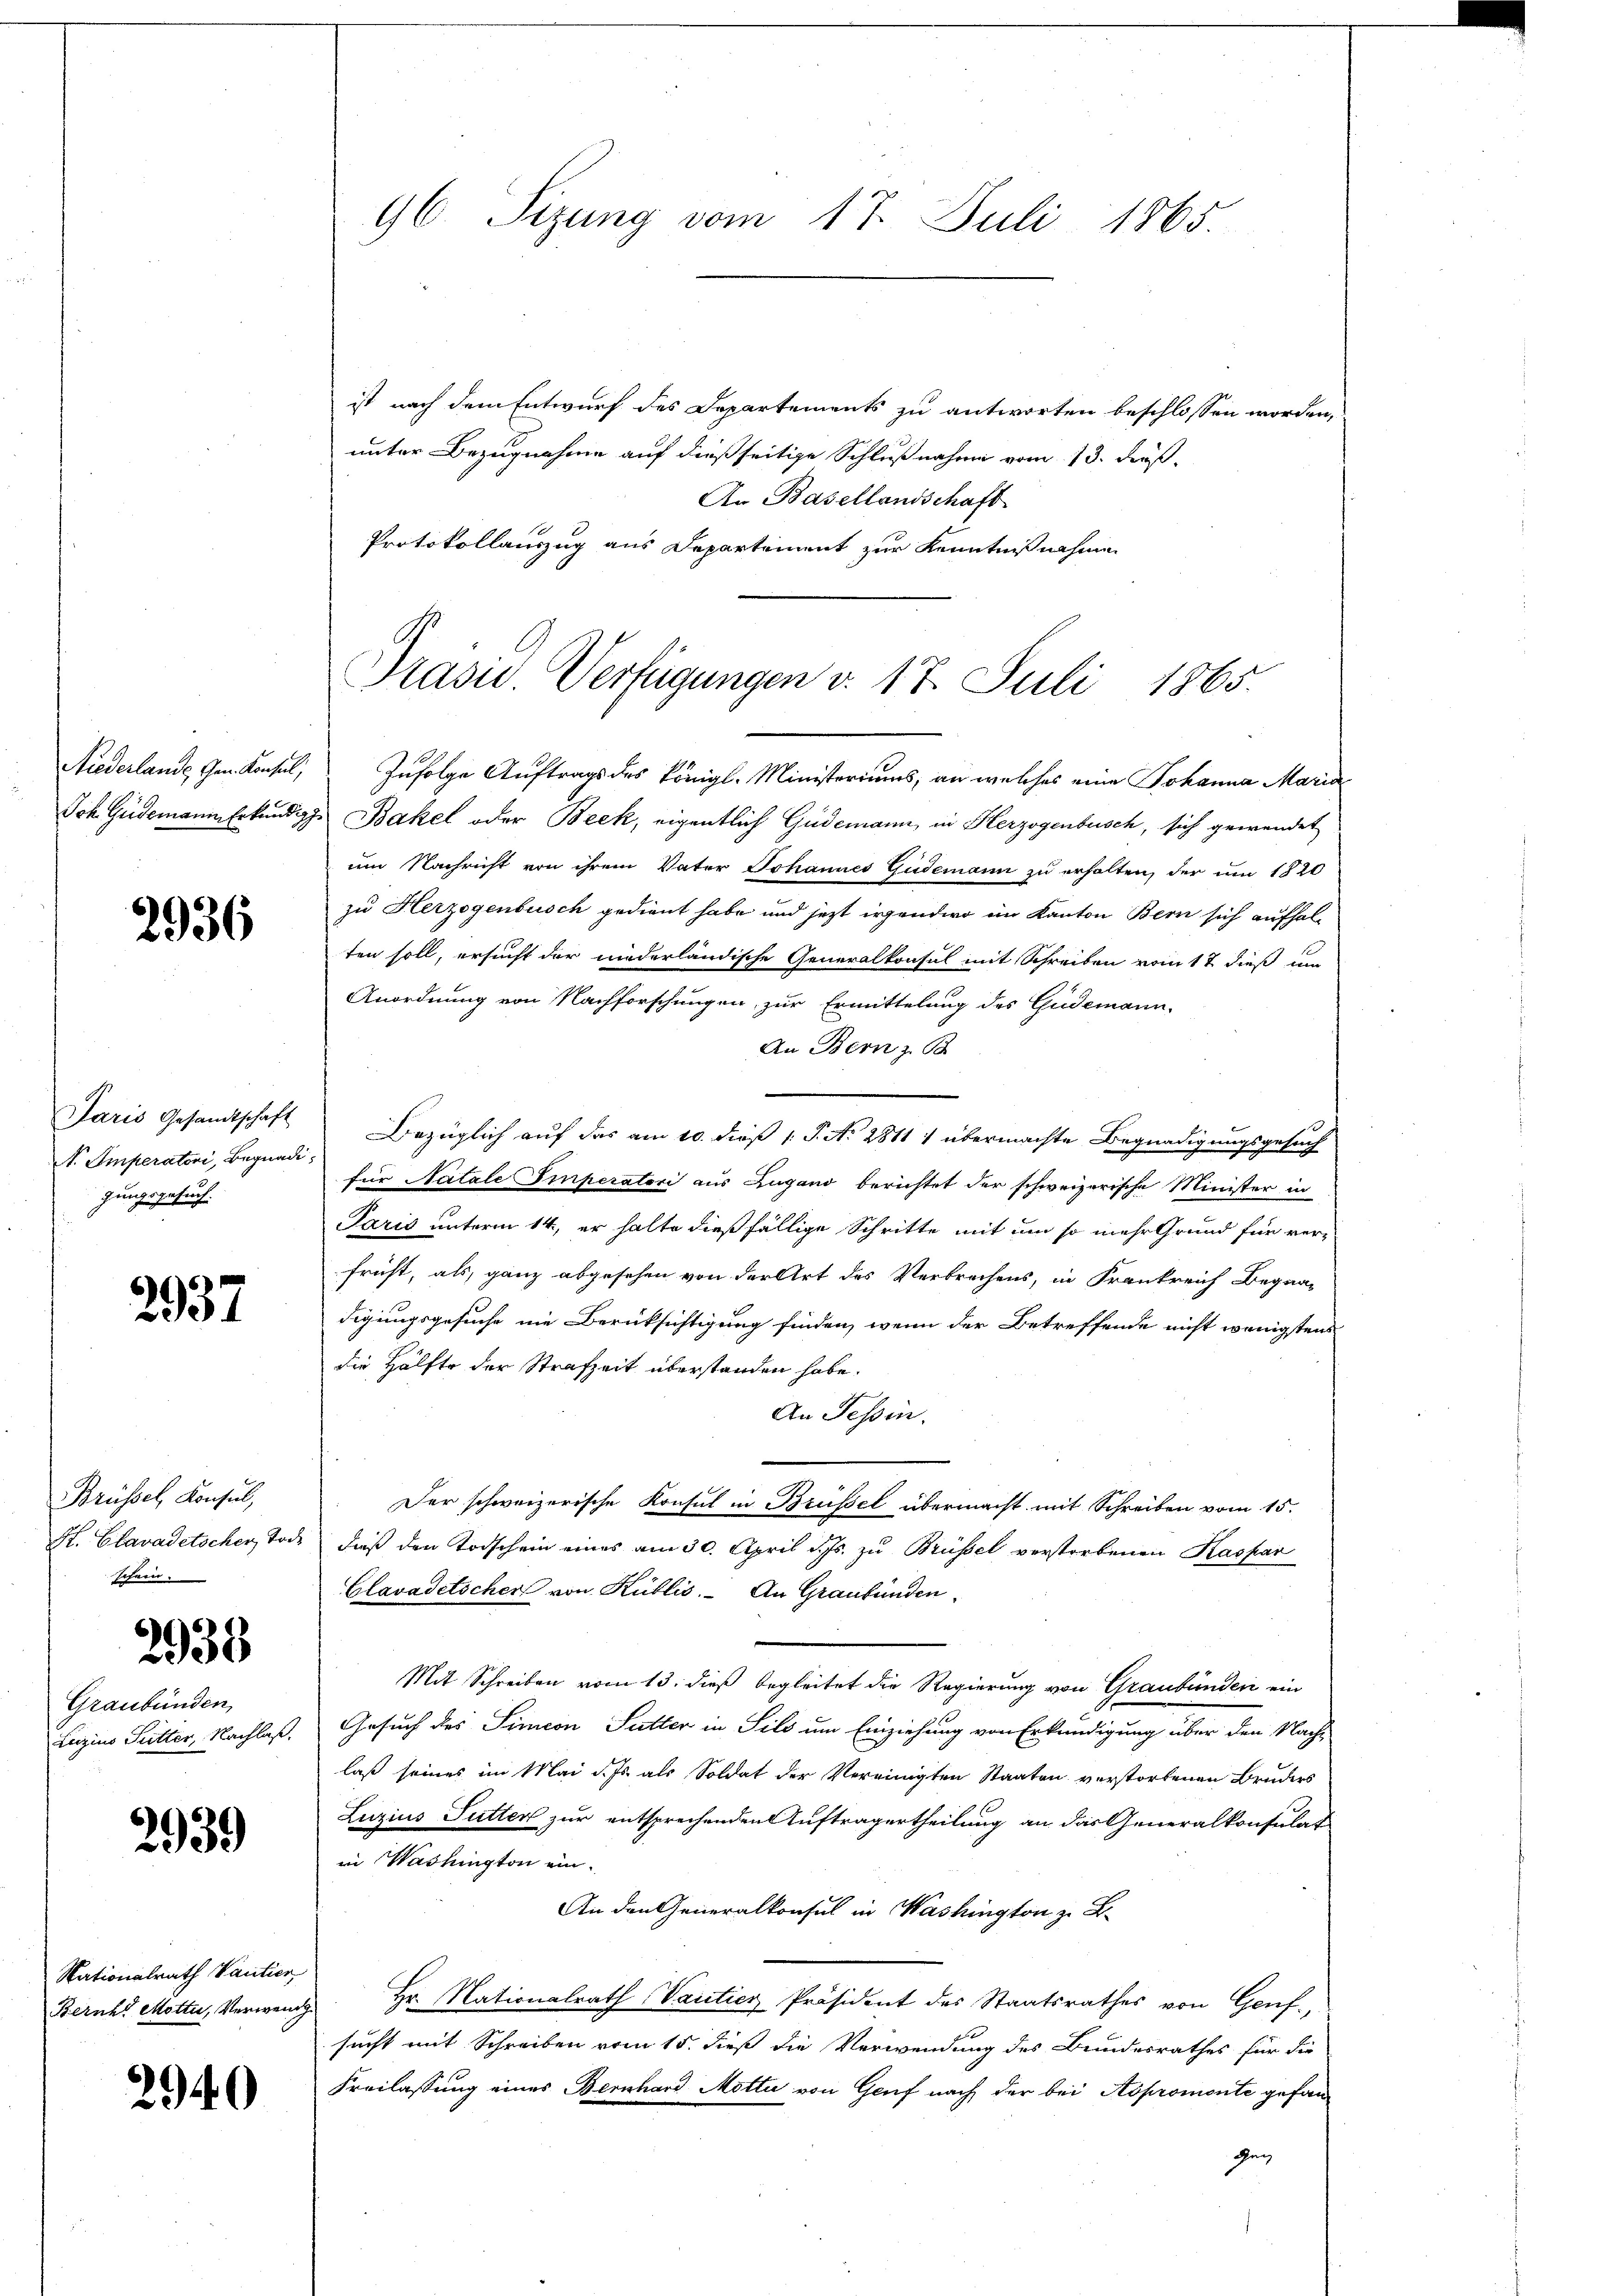
2936

N. Emperatori, Begnadigungsgesuch.

2937

Brüssel, Konsul,
schein.

2938

Graubünden,
Luzius Futter, Nachlaß.

2939

Nationalrath Vantien
Beruht Motti, Verwend

2940

ist nach dem Entwurf des Departements zu antworten beschlossen worden,
unter Bezugnahme auf dießseitige Schlußnahme vom 13. dieß.
An Basellandschaft
Niederlande Gen. Konsul, Zufolge Auftrags des Königl. Ministeriums, an welches eine Johanna Maria
Joh. Guidemann Erkundige Bakel oder Beck, eigentlich Güdemann, in Herzogenbusch, sich gewendet
um Nachricht von ihrem Vater Johannes Gudemann zu erhalten, der um 1820
zu Herzogenbusch gedient habe und jezt irgendwo im Kanton Bern sich aufhalten soll, ersucht der niederländische Generalkonsul mit Schreiben vom 17 dieß um
Anordnung von Nachforschungen, zur Ermittelung des Güdemann,
An Bern z. B.
Paris Gesandtschaft Bezüglich auf das am 10. dieß 1 S. N. 2811 1 übermachte Begnadigungsgesuch
für Natale Tinperatori aus Zugano berichtet der schweizerische Minister in
Paris unterm 14., er halte dießfällige Schritte mit um so mehr Grund für ver-
früht, als ganz abgesehen von der Art des Verbrechens, in Frankreich Begnadigungsgesuche nie Berüksichtigung finden, wenn der Betreffende nicht wenigstens
die Hälfte der Strafzeit überstanden habe.
An Tessin.
Der schweizerische Konsul in Brüssel übermacht mit Schreiben vom 15.
St. Clavadetscher, Tode, daß den Todschein eines am 30. April d. Js. zu Brüssel verstorbenen Kaspar
Clavadetscher von Küblis. An Graubünden.
Mit Schreiben vom 13. dieß begleitet die Regierung von Graubünden ein
 Gesuch des Simeon Futter in Sils um Einziehung von Erkundigung über den Nach-
laß seines im Mai d. Js. als Soldat der Vereinigten Staaten verstorbenen Bruders
Luzius Futter zur entsprechenden Auftragertheilung an das Generalkonsulat
in Washington ein¬
An den Generalkonsul in Washington z. B.
 Hr. Nationalrath Varitier Präsident des Staatsrathes von Genf,
sucht mit Schreiben vom 15. dieß die Verwendung des Bundesrathes für die
Freilassung eines Bernhard Motti von Genf nach der bei Aspromente gefan¬
Ger

96. Sizung vom 17. Juli 1865.

Protokollauszug aus Departement zur Kenntnißnahme
Präsid. Verfügungen v. 17. Juli 1865.